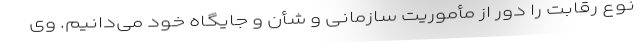
نوع رقابت را دور از مأموریت سازمانی و شأن و جایگاه خود می‌دانیم. وی